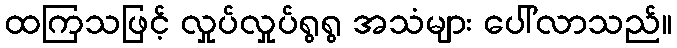
ထကြသဖြင့် လှုပ်လှုပ်ရွရွ အသံများ ပေါ်လာသည်။